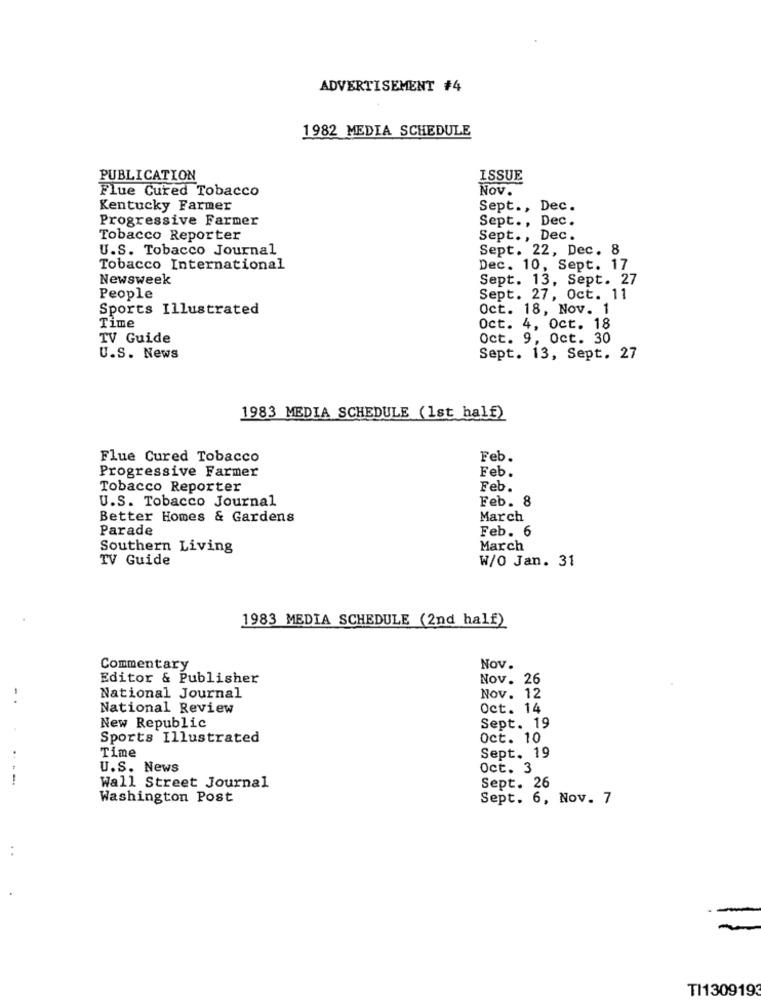
ADVERTISEMENT #4
1982 MEDIA SCHEDULE
PUBLICATION
ISSUE
Flue Cured Tobacco
Nov.
Kentucky Farmer
Sept ., Dec.
Progressive Farmer
Sept ., Dec.
Tobacco Reporter
Sept ., Dec.
U.S. Tobacco Journal
Sept. 22, Dec. 8
Tobacco International
Dec. 10, Sept. 17
Newsweek
Sept. 13, Sept. 27
People
Sept. 27, Oct. 11
Sports Illustrated
Oct. 18, Nov. 1
Time
Oct. 4, Oct. 18
TV Guide
Oct. 9, Oct. 30
U.S. News
Sept. 13, Sept. 27
1983 MEDIA SCHEDULE (1st half)
Flue Cured Tobacco
Feb.
Progressive Farmer
Feb.
Tobacco Reporter
Feb.
U.S. Tobacco Journal
Feb. 8
Better Homes & Gardens
March
Parade
Feb. 6
Southern Living
March
TV Guide
W/O Jan. 31
1983 MEDIA SCHEDULE (2nd half)
Commentary
Nov.
Editor & Publisher
Nov. 26
National Journal
Nov. 12
National Review
Oct. 14
New Republic
Sept. 19
Sports Illustrated
Oct. 10
Time
Sept. 19
U.S. News
Oct. 3
-
Sept. 26
Wall Street Journal
Washington Post
Sept. 6, Nov. 7
TI1309193